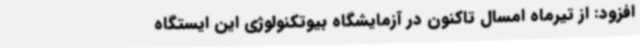
افزود: از تیرماه امسال تاکنون در آزمایشگاه بیوتکنولوژی این ایستگاه